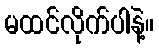
မထင်လိုက်ပါနဲ့။